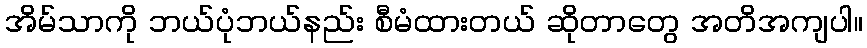
အိမ်သာကို ဘယ်ပုံဘယ်နည်း စီမံထားတယ် ဆိုတာတွေ အတိအကျပါ။